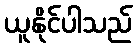
ယူနိုင်ပါသည်